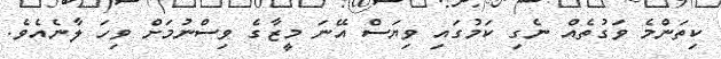
ކިތަންމެ ވަގުތެއް ނެގި ކަމުގައި ވިޔަސް އޭނަ މީޒާގެ ވިސްނުމަށް ވިހަ ލާނެއެވެ.